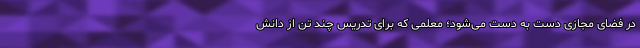
در فضای مجازی دست به دست می‌شود؛ معلمی که برای تدریس چند تن از دانش